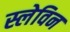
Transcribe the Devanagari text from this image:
स्लेविन